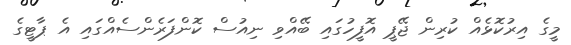
މީގެ އިރުކޮޅެއް ކުރިން ޖޭޕީ އޮފީހުގައި ބޭއްވި ނިއުސް ކޮންފަރެންސެއްގައި އެ ޕާޓީގެ